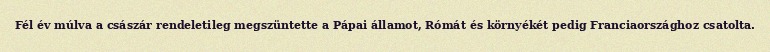
Fél év múlva a császár rendeletileg megszüntette a Pápai államot, Rómát és környékét pedig Franciaországhoz csatolta.